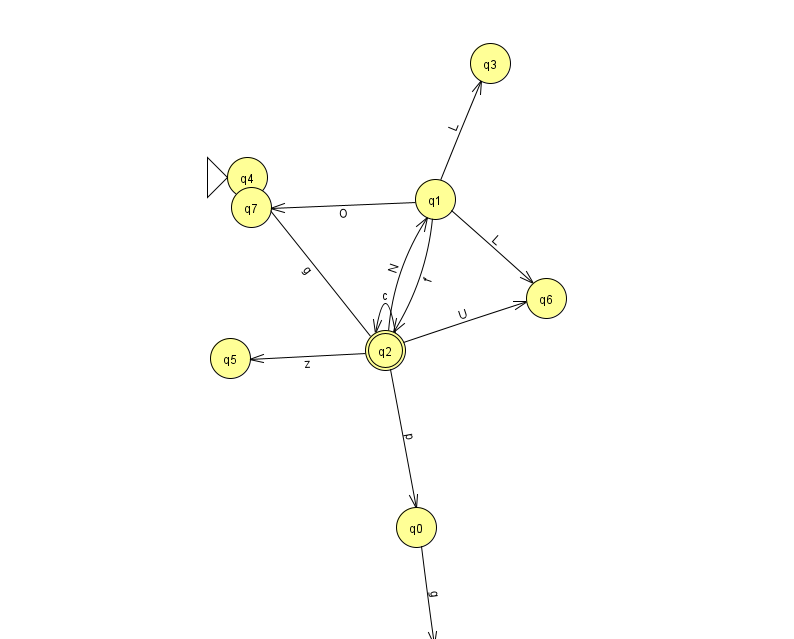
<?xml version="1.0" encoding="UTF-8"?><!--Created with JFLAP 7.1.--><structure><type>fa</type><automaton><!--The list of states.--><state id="0" name="q0"><x>416.0</x><y>514.0</y></state><state id="1" name="q1"><x>435.0</x><y>186.0</y></state><state id="2" name="q2"><x>385.0</x><y>337.0</y><final/></state><state id="3" name="q3"><x>490.0</x><y>50.0</y></state><state id="4" name="q4"><x>247.0</x><y>164.0</y><initial/></state><state id="5" name="q5"><x>230.0</x><y>345.0</y></state><state id="6" name="q6"><x>546.0</x><y>285.0</y></state><state id="7" name="q7"><x>251.0</x><y>194.0</y></state><state id="8" name="q8"><x>434.0</x><y>651.0</y><final/></state><!--The list of transitions.--><transition><from>0</from><to>8</to><read>g</read></transition><transition><from>2</from><to>4</to><read>g</read></transition><transition><from>1</from><to>6</to><read>L</read></transition><transition><from>2</from><to>1</to><read>N</read></transition><transition><from>2</from><to>2</to><read>c</read></transition><transition><from>2</from><to>6</to><read>U</read></transition><transition><from>1</from><to>3</to><read>L</read></transition><transition><from>1</from><to>2</to><read>f</read></transition><transition><from>1</from><to>7</to><read>O</read></transition><transition><from>2</from><to>5</to><read>z</read></transition><transition><from>2</from><to>0</to><read>p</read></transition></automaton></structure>